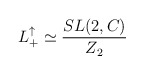
\begin{align*}L_+^\uparrow\simeq\frac{SL(2,C)}{Z_2}\end{align*}